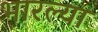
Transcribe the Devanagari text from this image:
भारल्या